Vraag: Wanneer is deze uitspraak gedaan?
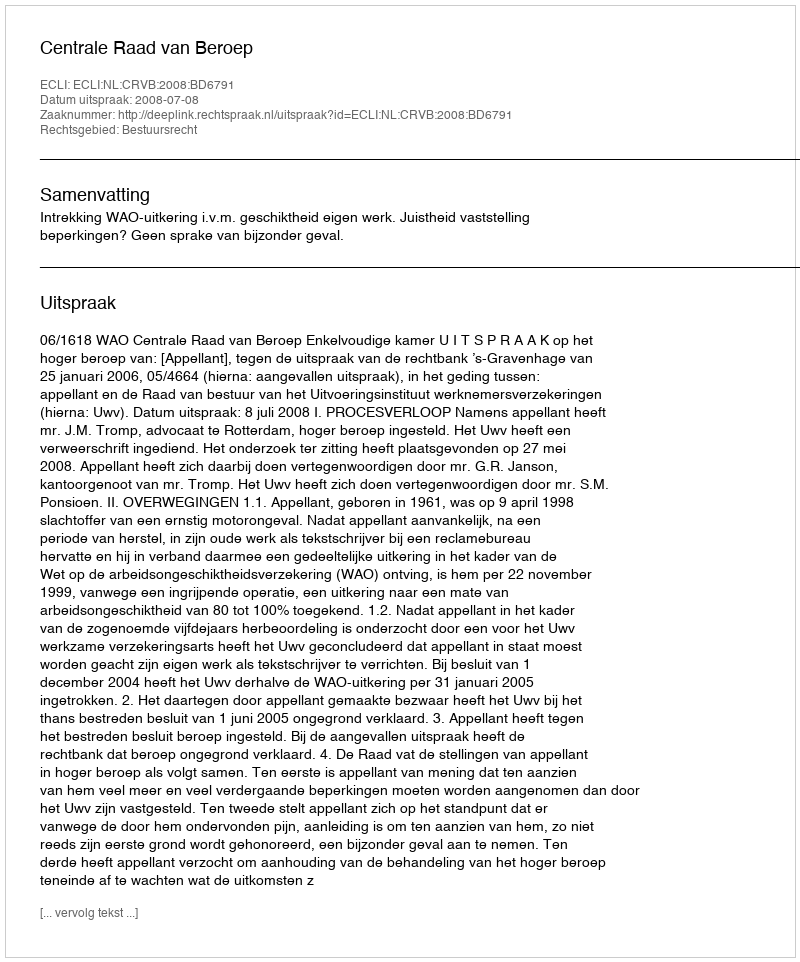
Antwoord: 2008-07-08